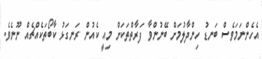
އެހެންނަމަވެސް ބަނޑު ހިންދާލުމަށް ބޭނުންވާ ފަރާތްތަކަށް މިއީ ކެއުން ރަނގަޅު ކާބޯތަކެއްޗެއް ނޫނެވެ.